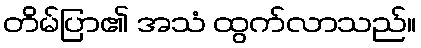
တိမ်ပြာ၏ အသံ ထွက်လာသည်။